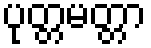
ပုတ္တမတ္တာ